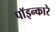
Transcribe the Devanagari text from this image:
पॉइन्कारे